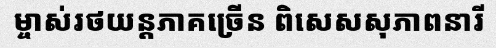
ម្ចាស់រថយន្តភាគច្រើន ពិសេសសុភាពនារី